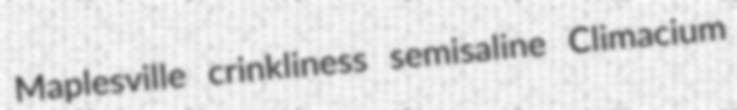
Maplesville crinkliness semisaline Climacium